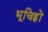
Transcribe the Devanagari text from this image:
भूचिह्नों